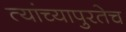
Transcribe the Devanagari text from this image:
त्यांच्यापुरतेच